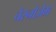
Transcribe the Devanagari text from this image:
चेरनोज़ेम